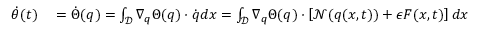
\begin{array} { r l } { \dot { \theta } ( t ) } & { { } = \dot { \Theta } ( \boldsymbol { q } ) = \int _ { \mathcal { D } } \nabla _ { \boldsymbol { q } } \Theta ( \boldsymbol { q } ) \cdot \dot { \boldsymbol { q } } d \boldsymbol { x } = \int _ { \mathcal { D } } \nabla _ { \boldsymbol { q } } \Theta ( \boldsymbol { q } ) \cdot \left[ \mathcal { N } ( \boldsymbol { q } ( \boldsymbol { x } , t ) ) + \epsilon \boldsymbol { F } ( \boldsymbol { x } , t ) \right] d \boldsymbol { x } } \end{array}